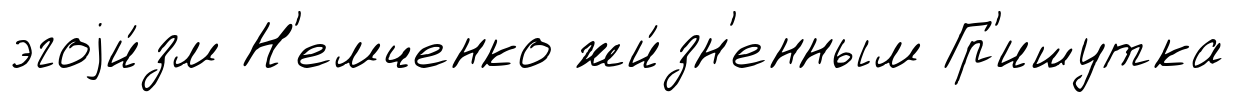
эгоjи́зм Н'емченко жи́зн'енным Гр'ишутка